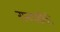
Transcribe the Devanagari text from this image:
रानपक्षीही